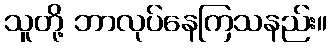
သူတို့ ဘာလုပ်နေကြသနည်း။